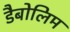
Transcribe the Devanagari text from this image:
डैबोलिम